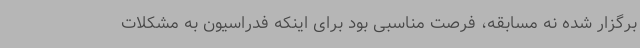
برگزار شده نه مسابقه، فرصت مناسبی بود برای اینکه فدراسیون به مشکلات